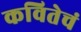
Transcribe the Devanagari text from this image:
कवितेचं